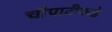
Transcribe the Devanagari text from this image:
चौपाटीकडे